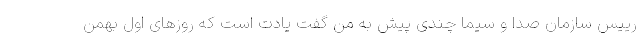
رییس سازمان صدا و سیما چندی پیش به من گفت یادت است که روزهای اول بهمن